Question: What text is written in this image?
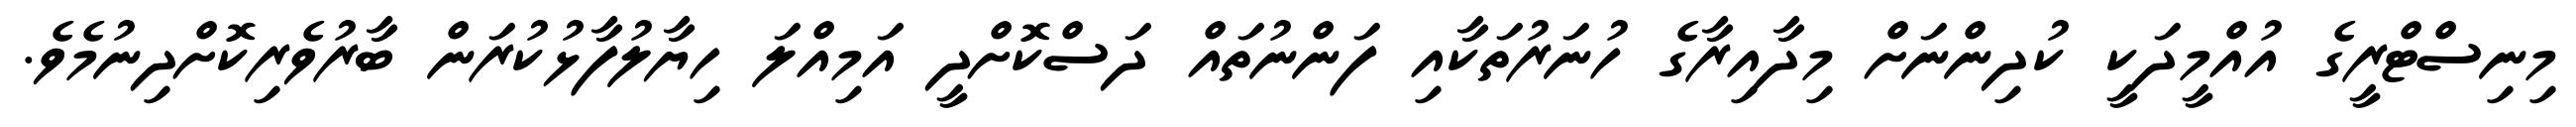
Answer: މިނިސްޓްރީގެ އުއްމީދަކީ ކުދިންނަށް މިދާއިރާގެ ހުނަރުތަކާއި ފަންނުތައް ދަސްކޮށްދީ އަމިއްލަ ހިޔާލުފާޅުކުރަން ބާރުވެރިކޮށްދިނުމެވެ.